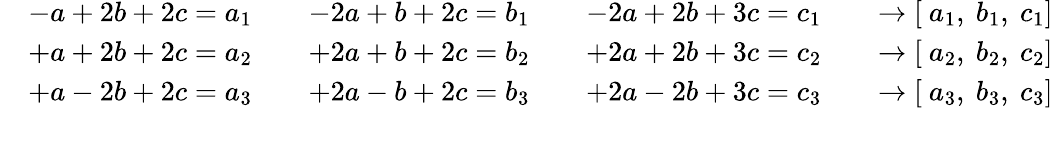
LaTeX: {\begin{array}{rl}&{{\begin{array}{llll}{-a+2b+2c=a_{1}\quad}&{-2a+b+2c=b_{1}\quad}&{-2a+2b+3c=c_{1}}&{\quad\to\left[{\mathrm{~}}a_{1},{\mathrm{~}}b_{1},{\mathrm{~}}c_{1}\right]}\end{array}}}\\ &{{\begin{array}{llll}{+a+2b+2c={{a}_{2}}\quad}&{+2a+b+2c={{b}_{2}}\quad}&{+2a+2b+3c={{c}_{2}}}&{\quad\to\left[{\mathrm{~}}{{a}_{2}},{\mathrm{~}}{{b}_{2}},{\mathrm{~}}{{c}_{2}}\right]}\end{array}}}\\ &{{\begin{array}{llll}{+a-2b+2c={{a}_{3}}\quad}&{+2a-b+2c={{b}_{3}}\quad}&{+2a-2b+3c={{c}_{3}}}&{\quad\to\left[{\mathrm{~}}{{a}_{3}},{\mathrm{~}}{{b}_{3}},{\mathrm{~}}{{c}_{3}}\right]}\end{array}}}\\ &{}\end{array}}